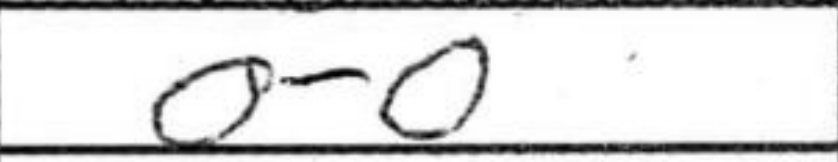
Transcription: O-O